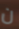
ن